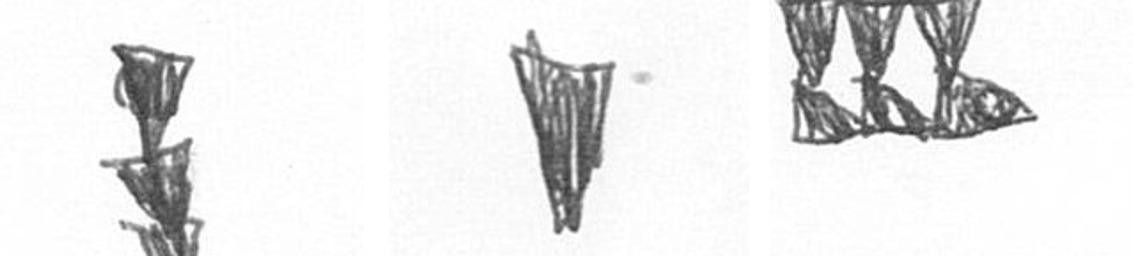
E J D